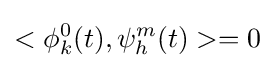
<\phi _{k}^{0}(t),\psi _{h}^{m}(t)>=0